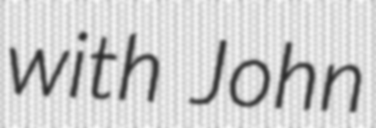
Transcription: with John